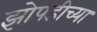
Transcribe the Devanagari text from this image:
झोपडीच्या